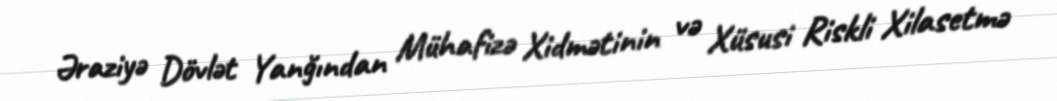
Əraziyə Dövlət Yanğından Mühafizə Xidmətinin və Xüsusi Riskli Xilasetmə